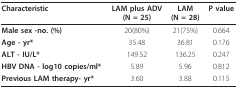
<table><thead><tr><td><b>Characteristic</b></td><td><b>LAM plus ADV(N = 25)</b></td><td><b>LAM(N = 28)</b></td><td><b>P value</b></td></tr></thead><tbody><tr><td><b>Male sex -no. (%)</b></td><td>20(80%)</td><td>21(75%)</td><td>0.664</td></tr><tr><td><b>Age - yr*</b></td><td>35.48</td><td>36.81</td><td>0.176</td></tr><tr><td><b>ALT - IU/L*</b></td><td>149.52</td><td>136.25</td><td>0.247</td></tr><tr><td><b>HBV DNA - log10 copies/ml*</b></td><td>5.89</td><td>5.96</td><td>0.812</td></tr><tr><td><b>Previous LAM therapy- yr*</b></td><td>3.60</td><td>3.88</td><td>0.115</td></tr></tbody></table>